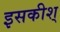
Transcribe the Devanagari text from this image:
इसकीश्